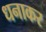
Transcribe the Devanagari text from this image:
धनाकर